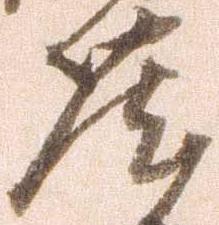
岸